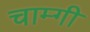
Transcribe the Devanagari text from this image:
चाम्गी